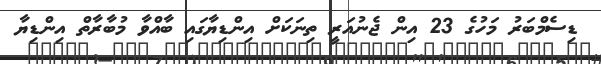
ޑިސެމްބަރު މަހުގެ 23 އިން ޖެނުއަރީ ތިނަކަށް އިންޑިޔާގައި ބާއްވާ މުބާރާތް އިންޑިޔާ